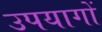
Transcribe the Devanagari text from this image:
उपयागों